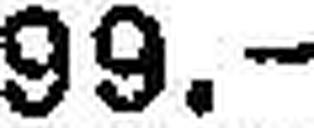
99.—